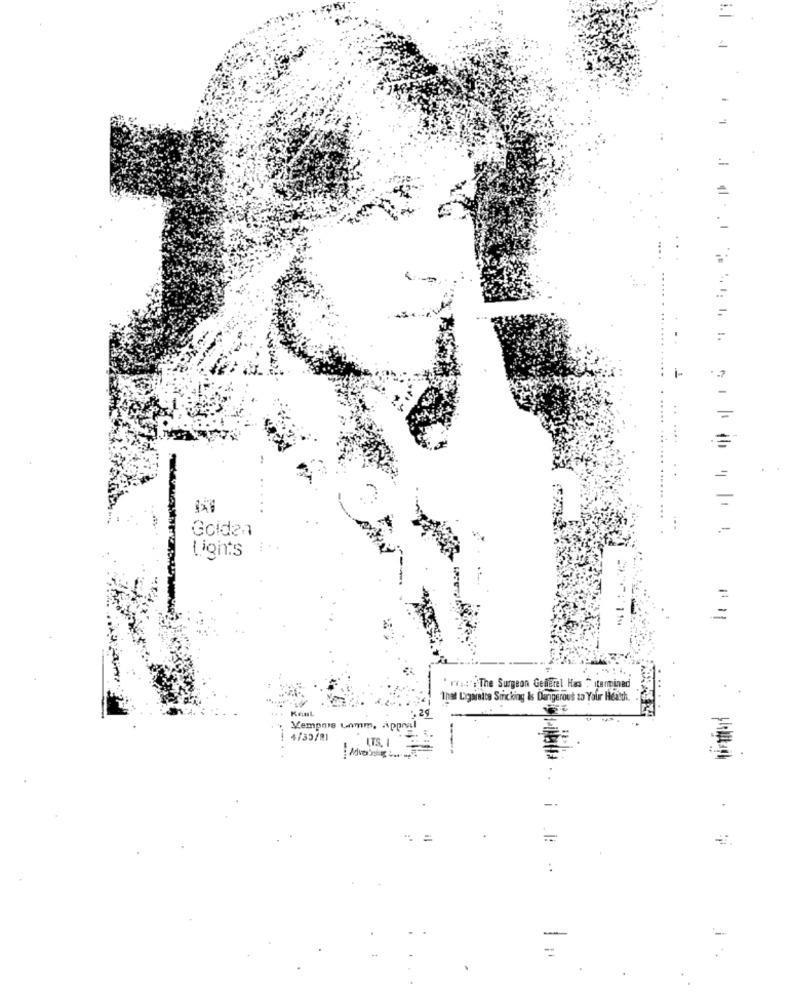
-
1 : 1, 1.
* 1 1
.. ....
..
Golden
Lights
=
" was"; The Surgeon Getierel Has " stamminad
That Ligainice Sicking Is Dangerous to Your Health.
KenL
Vempois Unmm. Appra
4/39/91
ITS. I
-.
..
-